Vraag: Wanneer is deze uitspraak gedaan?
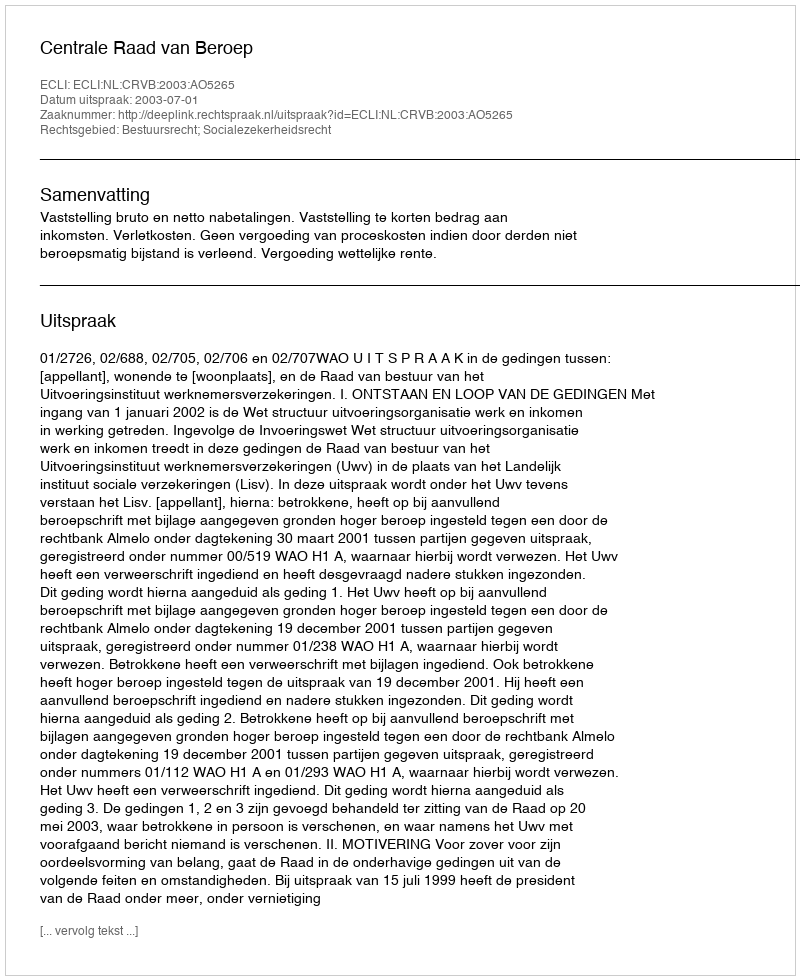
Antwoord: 2003-07-01